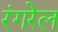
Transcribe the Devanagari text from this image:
रंगरेल